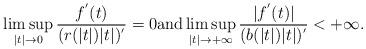
LaTeX: \begin{align*} \limsup_{|t|\rightarrow 0} \frac{f^{'}(t)}{(r(|t|)|t|)^{'}}=0 \mbox{and} \limsup_{|t|\rightarrow +\infty} \frac{|f^{'}(t)|}{(b(|t|)|t|)^{'}}<+\infty. \end{align*}